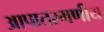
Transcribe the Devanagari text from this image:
आपातरमणीय